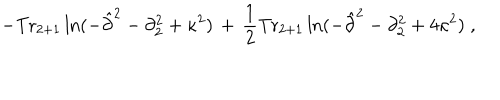
LaTeX: - \mathrm { T r } _ { 2 + 1 } \ln ( - { \hat { \partial } } ^ { 2 } - \partial _ { 2 } ^ { 2 } + \kappa ^ { 2 } ) \, + \, \frac { 1 } { 2 } \mathrm { T r } _ { 2 + 1 } \ln ( - { \hat { \partial } } ^ { 2 } - \partial _ { 2 } ^ { 2 } + 4 \kappa ^ { 2 } ) \; ,